Report on horse surra - Volume I
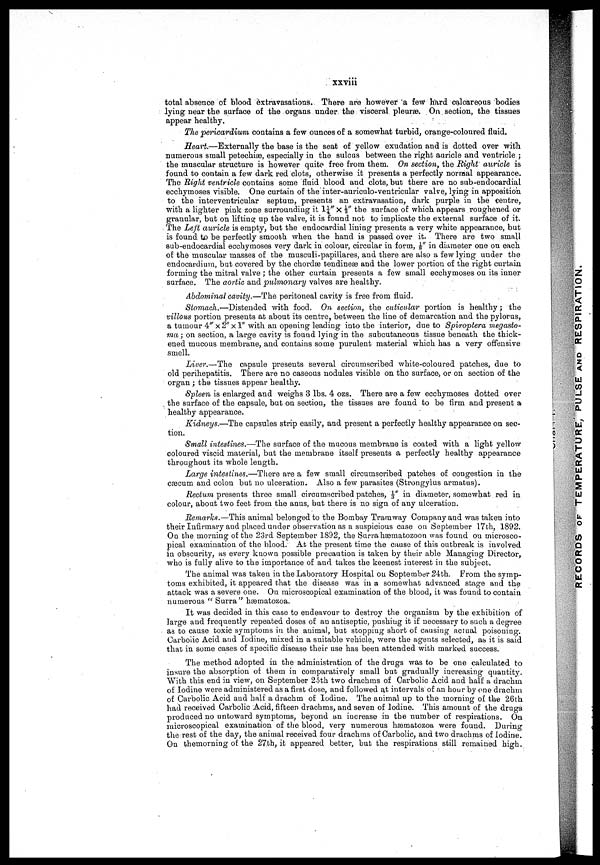
xxviii
total absence of blood extravasations. There are however a few hard calcareous bodies
lying near the surface of the organs under the visceral pleuræ. On. section, the tissues
appear healthy.
The pericardium contains a few ounces of a somewhat turbid, orange-coloured fluid.
Heart.—Externally the base is the seat of yellow exudation and is dotted over with
numerous small petechiæ, especially in the sulcus between the right auricle and ventricle ;
the muscular structure is however quite free from them. On section, the Right auricle is
found to contain a few dark red clots, otherwise it presents a perfectly normal appearance.
The Bight ventricle contains some fluid blood and clots, but there are no sub-endocardial
ecchymoses visible. One curtain of the inter-auriculo-ventricular valve, lying in apposition
to the interventricular septum, presents an extravasation, dark purple in the centre,
with a lighter pink zone surrounding it l¼"× ½" the surface of which appears roughened or
granular, but on lifting: up the valve, it is found not to implicate the external surface of it.
The Left auricle is empty, but the endocardial lining presents a very white appearance, but
is found to be perfectly smooth when the hand is passed over it. There are two small
sub-endocardial ecchymoses very dark in colour, circular in form, ⅛" in diameter one on each
of the muscular masses of the musculi-papillares, and there are also a few lying under the
endocardium, but covered by the chordæ tendineas and the lower portion of the right curtain
forming the mitral valve ; the other curtain presents a few small ecchymoses on its inner
surface. The aortic and pulmonary valves are healthy.
Abdominal cavity.—The peritoneal cavity is free from fluid.
Stomach.—Distended with food. On section, the cuticular portion is healthy; the
villous portion presents at about its centre, between the line of demarcation and the pylorus,
a tumour 4" × 2" × 1" with an opening leading into the interior, due to Spiroptera megasto-
ma; on section, a large cavity is found lying in the subcutaneous tissue beneath the thick
ened mucous membrane, and contains some purulent material which has a very offensive
smell.
Liver.—The capsule presents several circumscribed white-coloured patches, due to
old perihepatitis. There are no caseous nodules visible on the surface, or on section of the
organ ; the tissues appear healthy.
Spleen is enlarged and weighs 3 lbs. 4 ozs. There are a few ecchymoses dotted over
the surface of the capsule, but on section, the tissues are found to be firm and present a
healthy appearance.
Kidneys.—The capsules strip easily, and present a perfectly healthy appearance on sec
tion.
Small intestines.—The surface of the mucous membrane is coated with a light yellow
coloured viscid material, but the membrane itself presents a perfectly healthy appearance
throughout its whole length.
Large intestines.—There are a few small circumscribed patches of congestion in the
cæcum and colon but no ulceration. Also a few parasites (Strongylus armatus).
Rectum presents three small circumscribed patches, ⅓" in diameter, somewhat red in
colour, about two feet from the anus, but there is no sign of any ulceration.
Remarks.—This animal belonged to the Bombay Tramway Company and was taken into
their Infirmary and placed under observation as a suspicious case on September 17th, 1892.
On the morning of the 23rd September 1892, the Surra hæmatozoon was found on microsco
pical examination of the blood. At the present time the cause of this outbreak is involved
in obscurity, as every known possible precaution is taken by their able Managing Director,
who is fully alive to the importance of and takes the keenest interest in the subject.
The animal was taken in the Laboratory Hospital on September 24th. From the symp
toms exhibited, it appeared that the disease was in a somewhat advanced stage and the
attack was a severe one. On microscopical examination of the blood, it was found to contain
numerous " Surra" hæmatozoa.
It was decided in this case to endeavour to destroy the organism by the exhibition of
large and frequently repeated doses of an antiseptic, pushiug it if necessary to such a degree
as to cause toxic symptoms in the animal, but stopping short of causing actual poisoning.
Carbolic Acid and Iodine, mixed in a suitable vehicle, were the agents selected, as it is said
that in some cases of specific disease their use has been attended with marked success.
The method adopted in the administration of the drugs was to be one calculated to
insure the absorption of them in comparatively small but gradually increasing quantity.
With this end in view, on September 25th two drachms of Carbolic Acid and half a drachm
of Iodine were administered as a first dose, and followed at intervals of an hour by onedrachm
of Carbolic Acid and half a drachm of Iodine. The animal up to the morning of the 26th
had received Caibolic Acid, fifteen drachms, and seven of Iodine. This amount of the drugs
produced no untoward symptoms, beyond an increase in the number of respirations. On
microscopical examination of the blood, very numerous hæmatozoa were found. During
the rest of the day, the animal received four drachms of Carbolic, and two drachms of Iodine.
On the morning of the 27th , it appeared better, but the respirations still remained high.